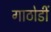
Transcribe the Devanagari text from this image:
गाठोडीं